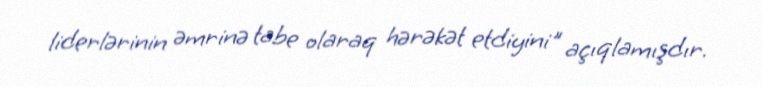
liderlərinin əmrinə tabe olaraq hərəkət etdiyini" açıqlamışdır.